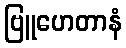
ဗြူဟေတာနံ